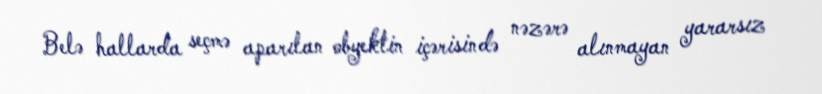
Belə hallarda seçmə aparılan obyektin içərisində nəzərə alınmayan yararsız